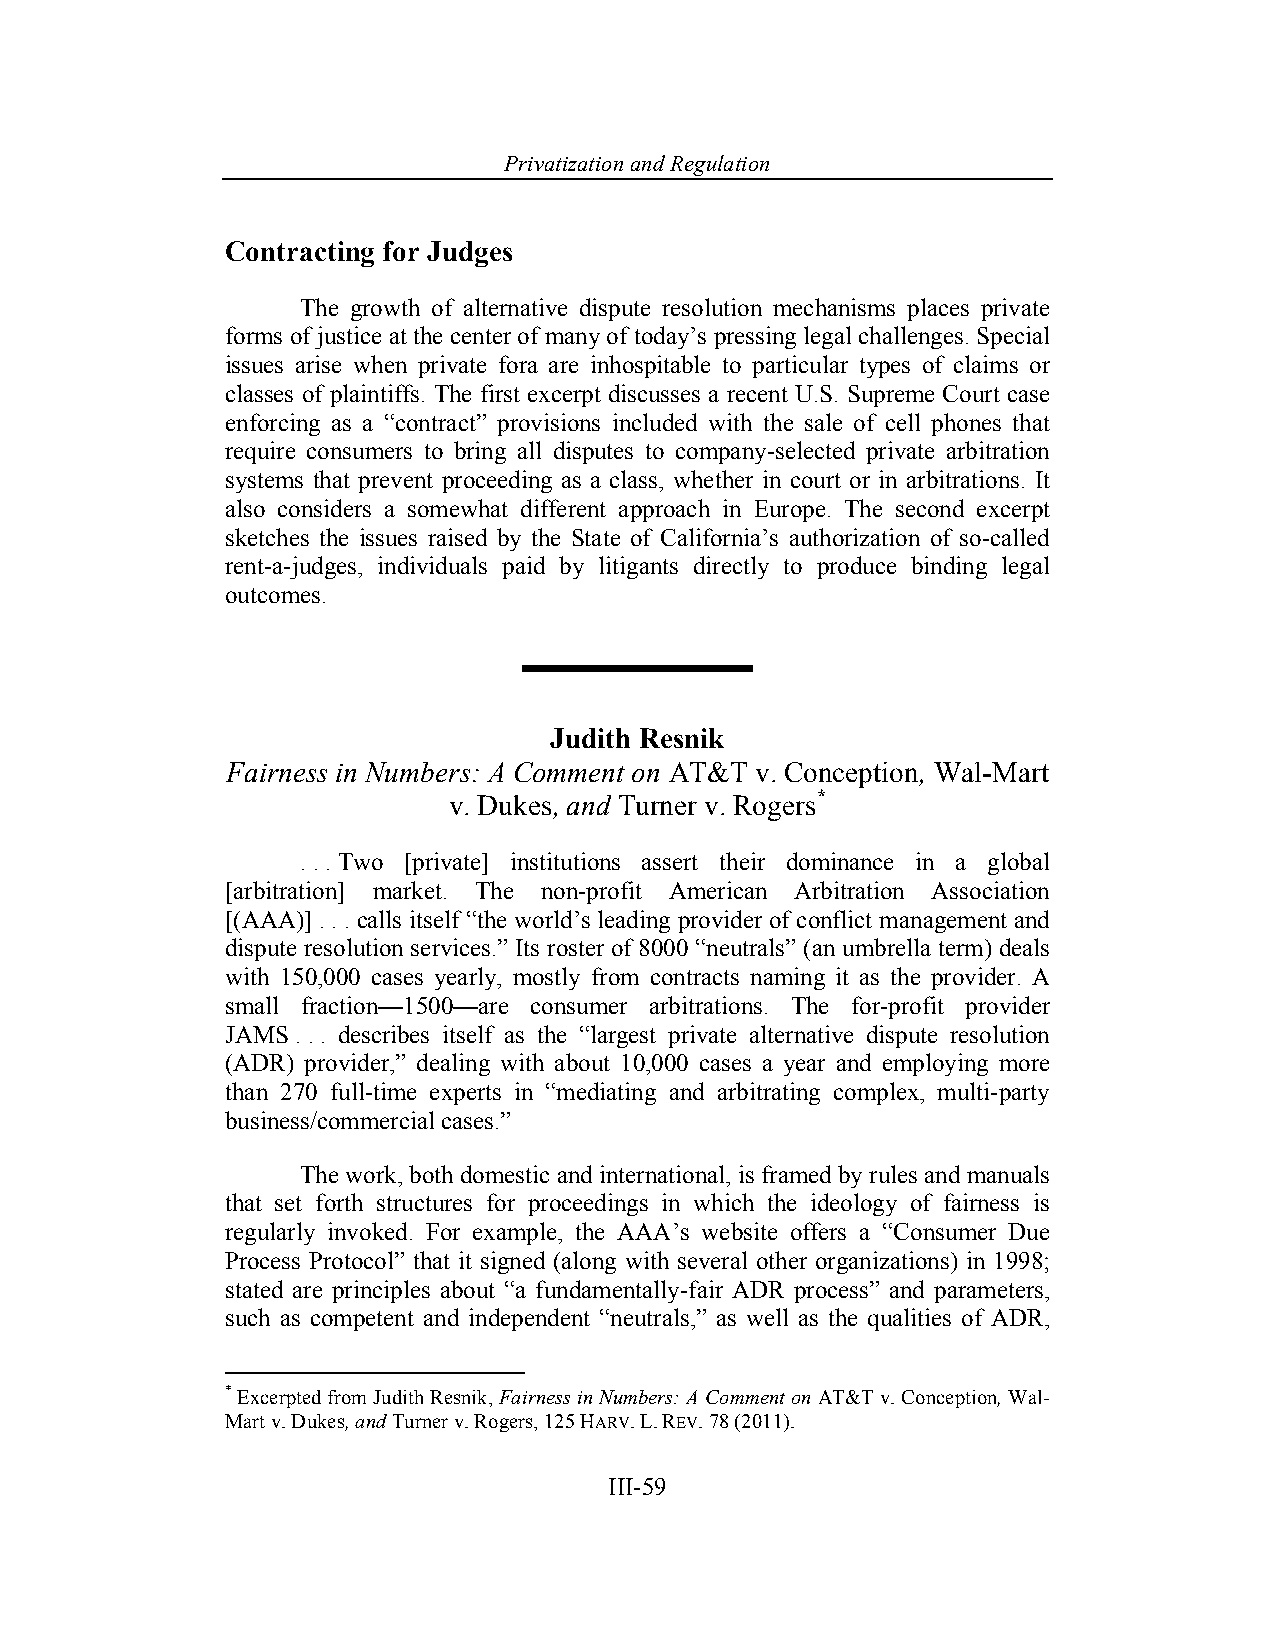
Privatization and Regulation
 Contracting for Judges
 The growth of alternative dispute resolution mechanisms places private
 forms of justice at the center of many of today’s pressing legal challenges. Special
 issues arise when private fora are inhospitable to particular types of claims or
 classes of plaintiffs. The first excerpt discusses a recent U.S. Supreme Court case
 enforcing as a “contract” provisions included with the sale of cell phones that
 require consumers to bring all disputes to company-selected private arbitration
 systems that prevent proceeding as a class, whether in court or in arbitrations. It
 also considers a somewhat different approach in Europe. The second excerpt
 sketches the issues raised by the State of California’s authorization of so-called
 rent-a-judges, individuals paid by litigants directly to produce binding legal
 outcomes.
 Judith Resnik
 Fairness in Numbers: A Comment on AT&T v. Conception, Wal-Mart
 v. Dukes, and Turner v. Rogers*
 . . . Two [private] institutions assert their dominance in a global
 [arbitration] market. The non-profit American Arbitration Association
 [(AAA)] . . . calls itself “the world’s leading provider of conflict management and
 dispute resolution services.” Its roster of 8000 “neutrals” (an umbrella term) deals
 with 150,000 cases yearly, mostly from contracts naming it as the provider. A
 small fraction—1500—are consumer arbitrations. The for-profit provider
 JAMS . . . describes itself as the “largest private alternative dispute resolution
 (ADR) provider,” dealing with about 10,000 cases a year and employing more
 than 270 full-time experts in “mediating and arbitrating complex, multi-party
 business/commercial cases.”
 The work, both domestic and international, is framed by rules and manuals
 that set forth structures for proceedings in which the ideology of fairness is
 regularly invoked. For example, the AAA’s website offers a “Consumer Due
 Process Protocol” that it signed (along with several other organizations) in 1998;
 stated are principles about “a fundamentally-fair ADR process” and parameters,
 such as competent and independent “neutrals,” as well as the qualities of ADR,
 * Excerpted from Judith Resnik, Fairness in Numbers: A Comment on AT&T v. Conception, Wal-
 Mart v. Dukes, and Turner v. Rogers, 125 HARV. L. REV. 78 (2011).
 III-59